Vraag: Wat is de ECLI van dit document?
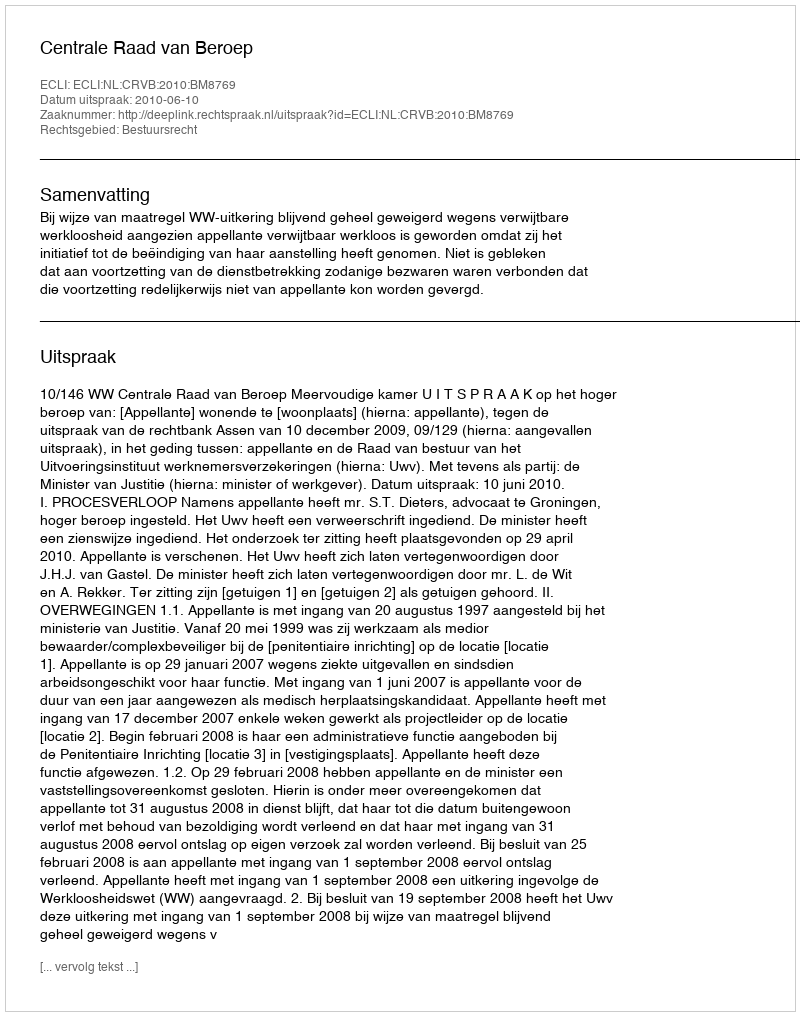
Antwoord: ECLI:NL:CRVB:2010:BM8769